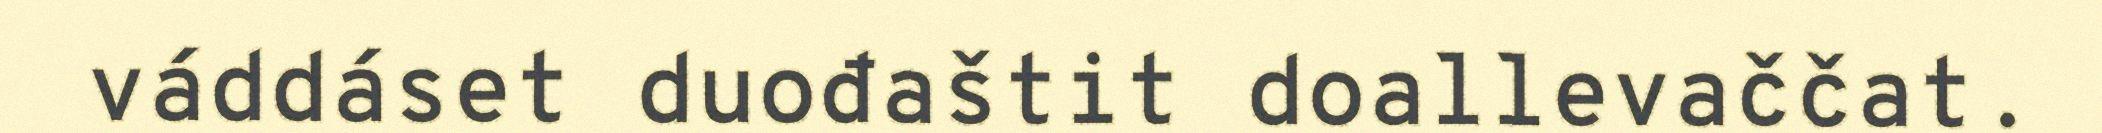
váddáset duođaštit doallevaččat.